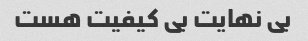
بی نهایت بی کیفیت هست